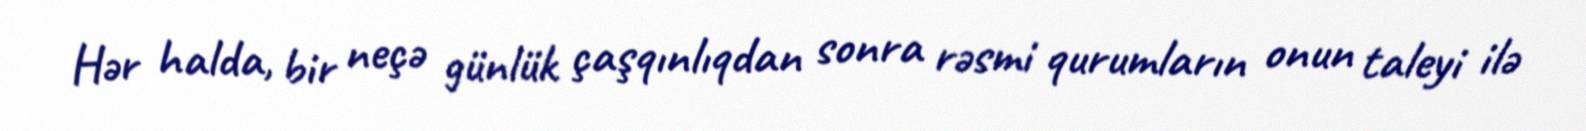
Hər halda, bir neçə günlük çaşqınlıqdan sonra rəsmi qurumların onun taleyi ilə